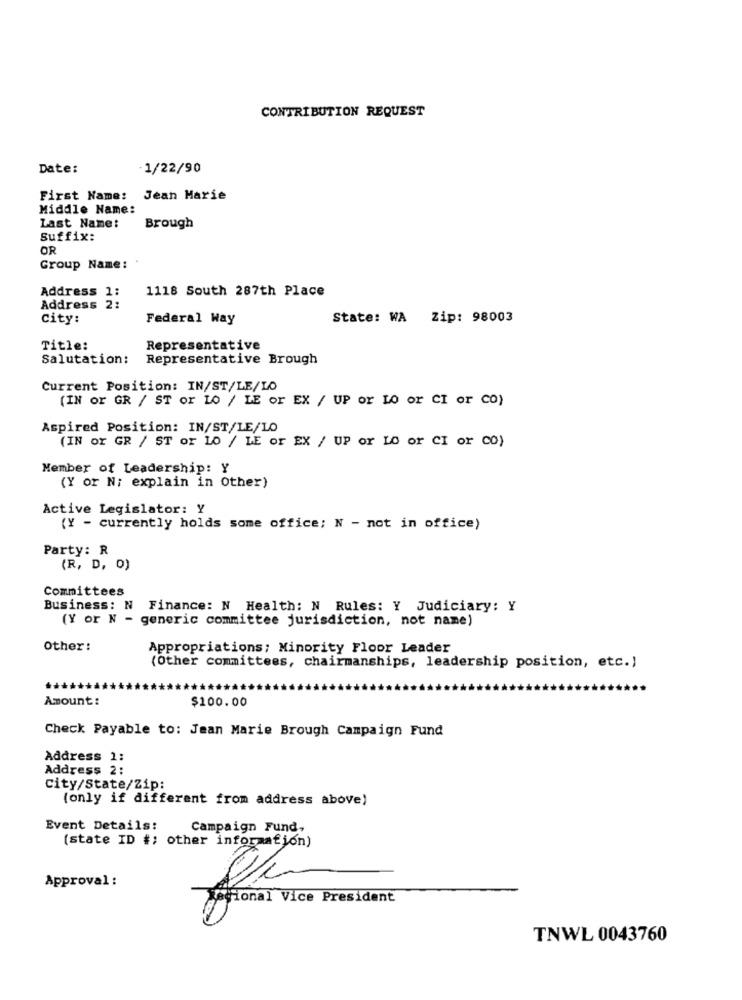
CONTRIBUTION REQUEST
Date:
-1/22/90
First Name: Jean Marie
Middle Name:
Last Name:
Brough
Suffix:
OR
Group Name:
Address 1:
1118 South 287th Place
Address 2:
city:
Federal Way
State: WA Zip: 98003
Title:
Representative
Salutation:
Representative Brough
Current Position: IN/ST/LE/LO
(IN or GR / ST or LO / LE or EX / UP or Lo or CI or
CO)
Aspired Position: IN/ST/LE/LO
(IN or GR / ST or LO / LE or EX / UP or LO or CI or CO)
Member of Leadership: Y
(Y or N; explain in Other)
Active Legislator: Y
(Y - currently holds some office; N - not in office)
Party: R
(R, D, 0)
Committees
Business: N Finance: N Health: N Rules: Y Judiciary: Y
(Y or N - generic committee jurisdiction, not name)
Other:
Appropriations; Minority Floor Leader
(Other committees, chairmanships, leadership position, etc.)
Amount :
$100.00
Check Payable to: Jean Marie Brough Campaign Fund
Address 1:
Address 2:
city/State/Zip:
(only if different from address above)
Event Details:
Campaign Fund-
(state ID #; other information)
Approval :
Regional Vice President
TNWL 0043760